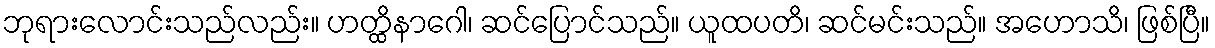
ဘုရားလောင်းသည်လည်း။ ဟတ္ထိနာဂေါ၊ ဆင်ပြောင်သည်။ ယူထပတိ၊ ဆင်မင်းသည်။ အဟောသိ၊ ဖြစ်ပြီ။